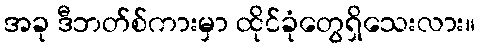
အခု ဒီဘတ်စ်ကားမှာ ထိုင်ခုံတွေရှိသေးလား။